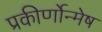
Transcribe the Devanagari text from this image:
प्रकीर्णोन्मेष